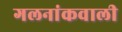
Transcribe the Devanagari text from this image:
गलनांकवाली